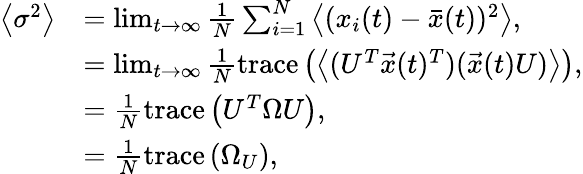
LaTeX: \begin{array}{rl}{\left\langle\sigma^{2}\right\rangle}&{=\operatorname*{lim}_{t\rightarrow\infty}\frac{1}{N}\sum_{i=1}^{N}{\left\langle(x_{i}(t)-\bar{x}(t))^{2}\right\rangle},}\\ &{=\operatorname*{lim}_{t\rightarrow\infty}\frac{1}{N}\mathrm{trace}\left(\left\langle(U^{T}\vec{x}(t)^{T})(\vec{x}(t)U)\right\rangle\right),}\\ &{=\frac{1}{N}\mathrm{trace}\left(U^{T}\Omega U\right),}\\ &{=\frac{1}{N}\mathrm{trace}\left(\Omega_{U}\right),}\end{array}